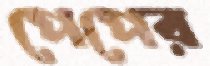
পেপের